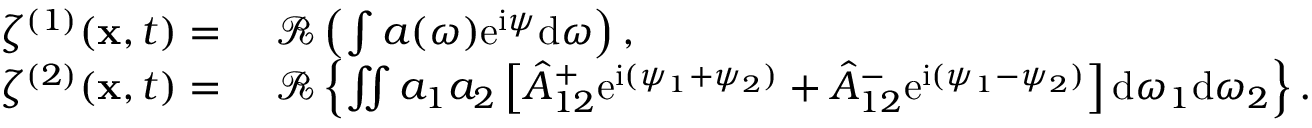
\begin{array} { r l } { \zeta ^ { ( 1 ) } ( \mathbf { x } , t ) = ~ } & { \mathcal { R } \left( \int a ( \omega ) \mathrm { e } ^ { \mathrm { i } \psi } \mathrm { d } \omega \right) , } \\ { \zeta ^ { ( 2 ) } ( \mathbf { x } , t ) = ~ } & { \mathcal { R } \left\{ \iint a _ { 1 } a _ { 2 } \left[ { \hat { A } } _ { 1 2 } ^ { + } \mathrm { e } ^ { \mathrm { i } ( \psi _ { 1 } + \psi _ { 2 } ) } + { \hat { A } } _ { 1 2 } ^ { - } \mathrm { e } ^ { \mathrm { i } ( \psi _ { 1 } - \psi _ { 2 } ) } \right] \mathrm { d } \omega _ { 1 } \mathrm { d } \omega _ { 2 } \right\} . } \end{array}